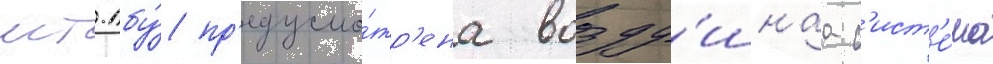
мт-лбу́ пр'едусмо́тр'ена возду́шнаа с'ист'е́ма